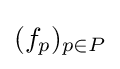
(f_{p})_{p\in P}